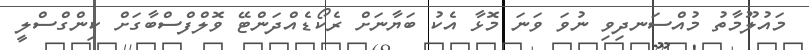
މައުލޫމާތު މުއްސަނދިވި ނުވަ ވަނަ މޮޅާ އެކު ބަޔާނަށް ރެކޯޑެއްދަންޓޭ ވޮލްފްސްބާގަށް ކިންގްސްލީ